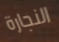
النجارة